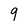
Character: 9